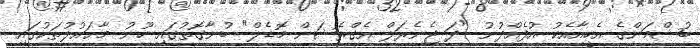
ބުޝްމަންގެ އެހީއާއެކު އުފެއްދުނު "ދަ ޖެނެރަލް އެގްރެޝަން މޮޑެލް" ބުނާގޮތުގައި ހޫނު މާޙައުލުތަކުގައި